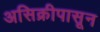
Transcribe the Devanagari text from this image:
असिक्रीपासून